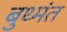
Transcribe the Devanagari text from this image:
बुध्मंत